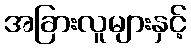
အခြားလူများနှင့်